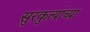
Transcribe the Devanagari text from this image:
सुरकुत्यांच्या